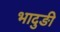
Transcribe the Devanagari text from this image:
भादुङी